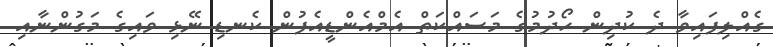
ގެއްލިފައިވާ ދެ ކުދިން ހޯދުމުގެ މަސައްކަތް އެމްއެންޑީއެފުން ކެނޑި ނޭޅި ވައިގެ މަގުންނާއި